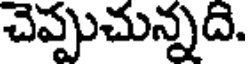
చెప్పుచున్నది.